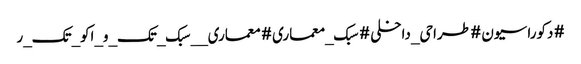
#دکوراسیون #طراحی_داخلی #سبک_معماری #معماری__سبک_تک_و_اکو_تک_ر